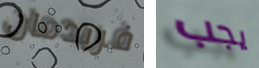
فريدمان يجب